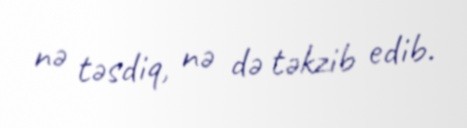
nə təsdiq, nə də təkzib edib.